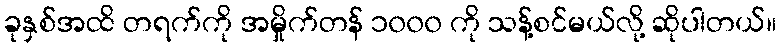
ခုနှစ်အထိ တရက်ကို အမှိုက်တန် ၁၀၀၀ ကို သန့်စင်မယ်လို့ ဆိုပါတယ်။